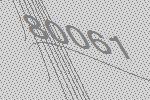
80061